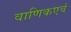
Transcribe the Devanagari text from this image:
वाणिकएवं